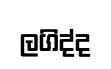
ලගිද්ද